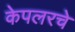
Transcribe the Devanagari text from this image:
केपलरचे